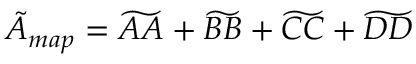
\tilde { A } _ { m a p } = \widetilde { A A } + \widetilde { B B } + \widetilde { C C } + \widetilde { D D }